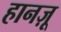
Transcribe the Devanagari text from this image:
हानज़ू